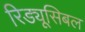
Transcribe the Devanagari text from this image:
रिड्यूसिबल